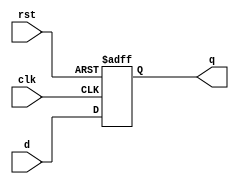
// This program was cloned from: https://github.com/lvyufeng/step_into_mips
// License: MIT License

`timescale 1ns / 1ps
//////////////////////////////////////////////////////////////////////////////////
// Company: 
// Engineer: 
// 
// Design Name: 
// Module Name: flopr
// Project Name: 
// Target Devices: 
// Tool Versions: 
// Description: 
// 
// Dependencies: 
// 
// Revision:
// Revision 0.01 - File Created
// Additional Comments:
// 
//////////////////////////////////////////////////////////////////////////////////


module flopr #(parameter WIDTH = 8)(
	input wire clk,rst,
	input wire[WIDTH-1:0] d,
	output reg[WIDTH-1:0] q
    );
	always @(posedge clk,posedge rst) begin
		if(rst) begin
			q <= 0;
		end else begin
			q <= d;
		end
	end
endmodule